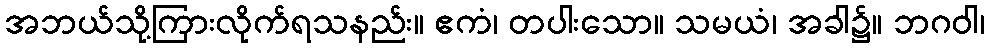
အဘယ်သို့ကြားလိုက်ရသနည်း။ ဧကံ၊ တပါးသော။ သမယံ၊ အခါ၌။ ဘဂဝါ၊